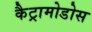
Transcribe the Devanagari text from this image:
कैट्रामोडोस